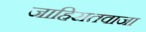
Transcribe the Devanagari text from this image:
जाहिरातवाजा